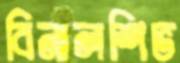
বিনালশিভ